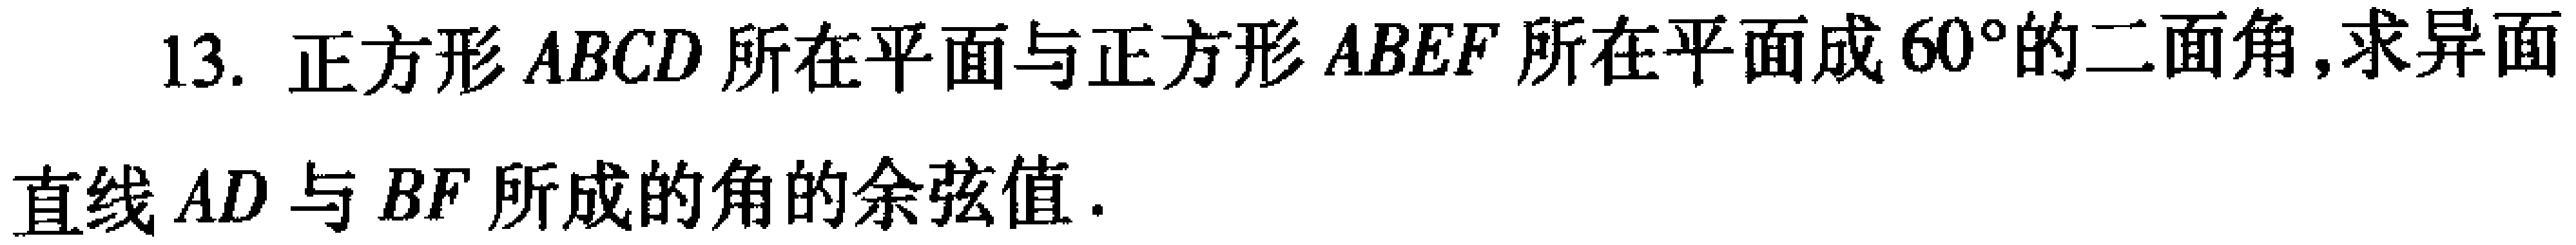
13. 正方形\(ABCD\)所在平面与正方形\(ABEF\)所在平面成\(60^{\circ}\)的二面角,求异面
直线\(AD\)与\(BF\)所成的角的余弦值.